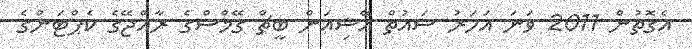
އެގޮތުން 2011 ވަނަ އަހަރު ސައުތް އޭޝިއަން ބީޗް ގޭމްސްގެ ރާއްޖޭގެ ކެޕްޓަންގެ